Vaike-Kopu_(Puiatu)_vallavalitsus, lk 35
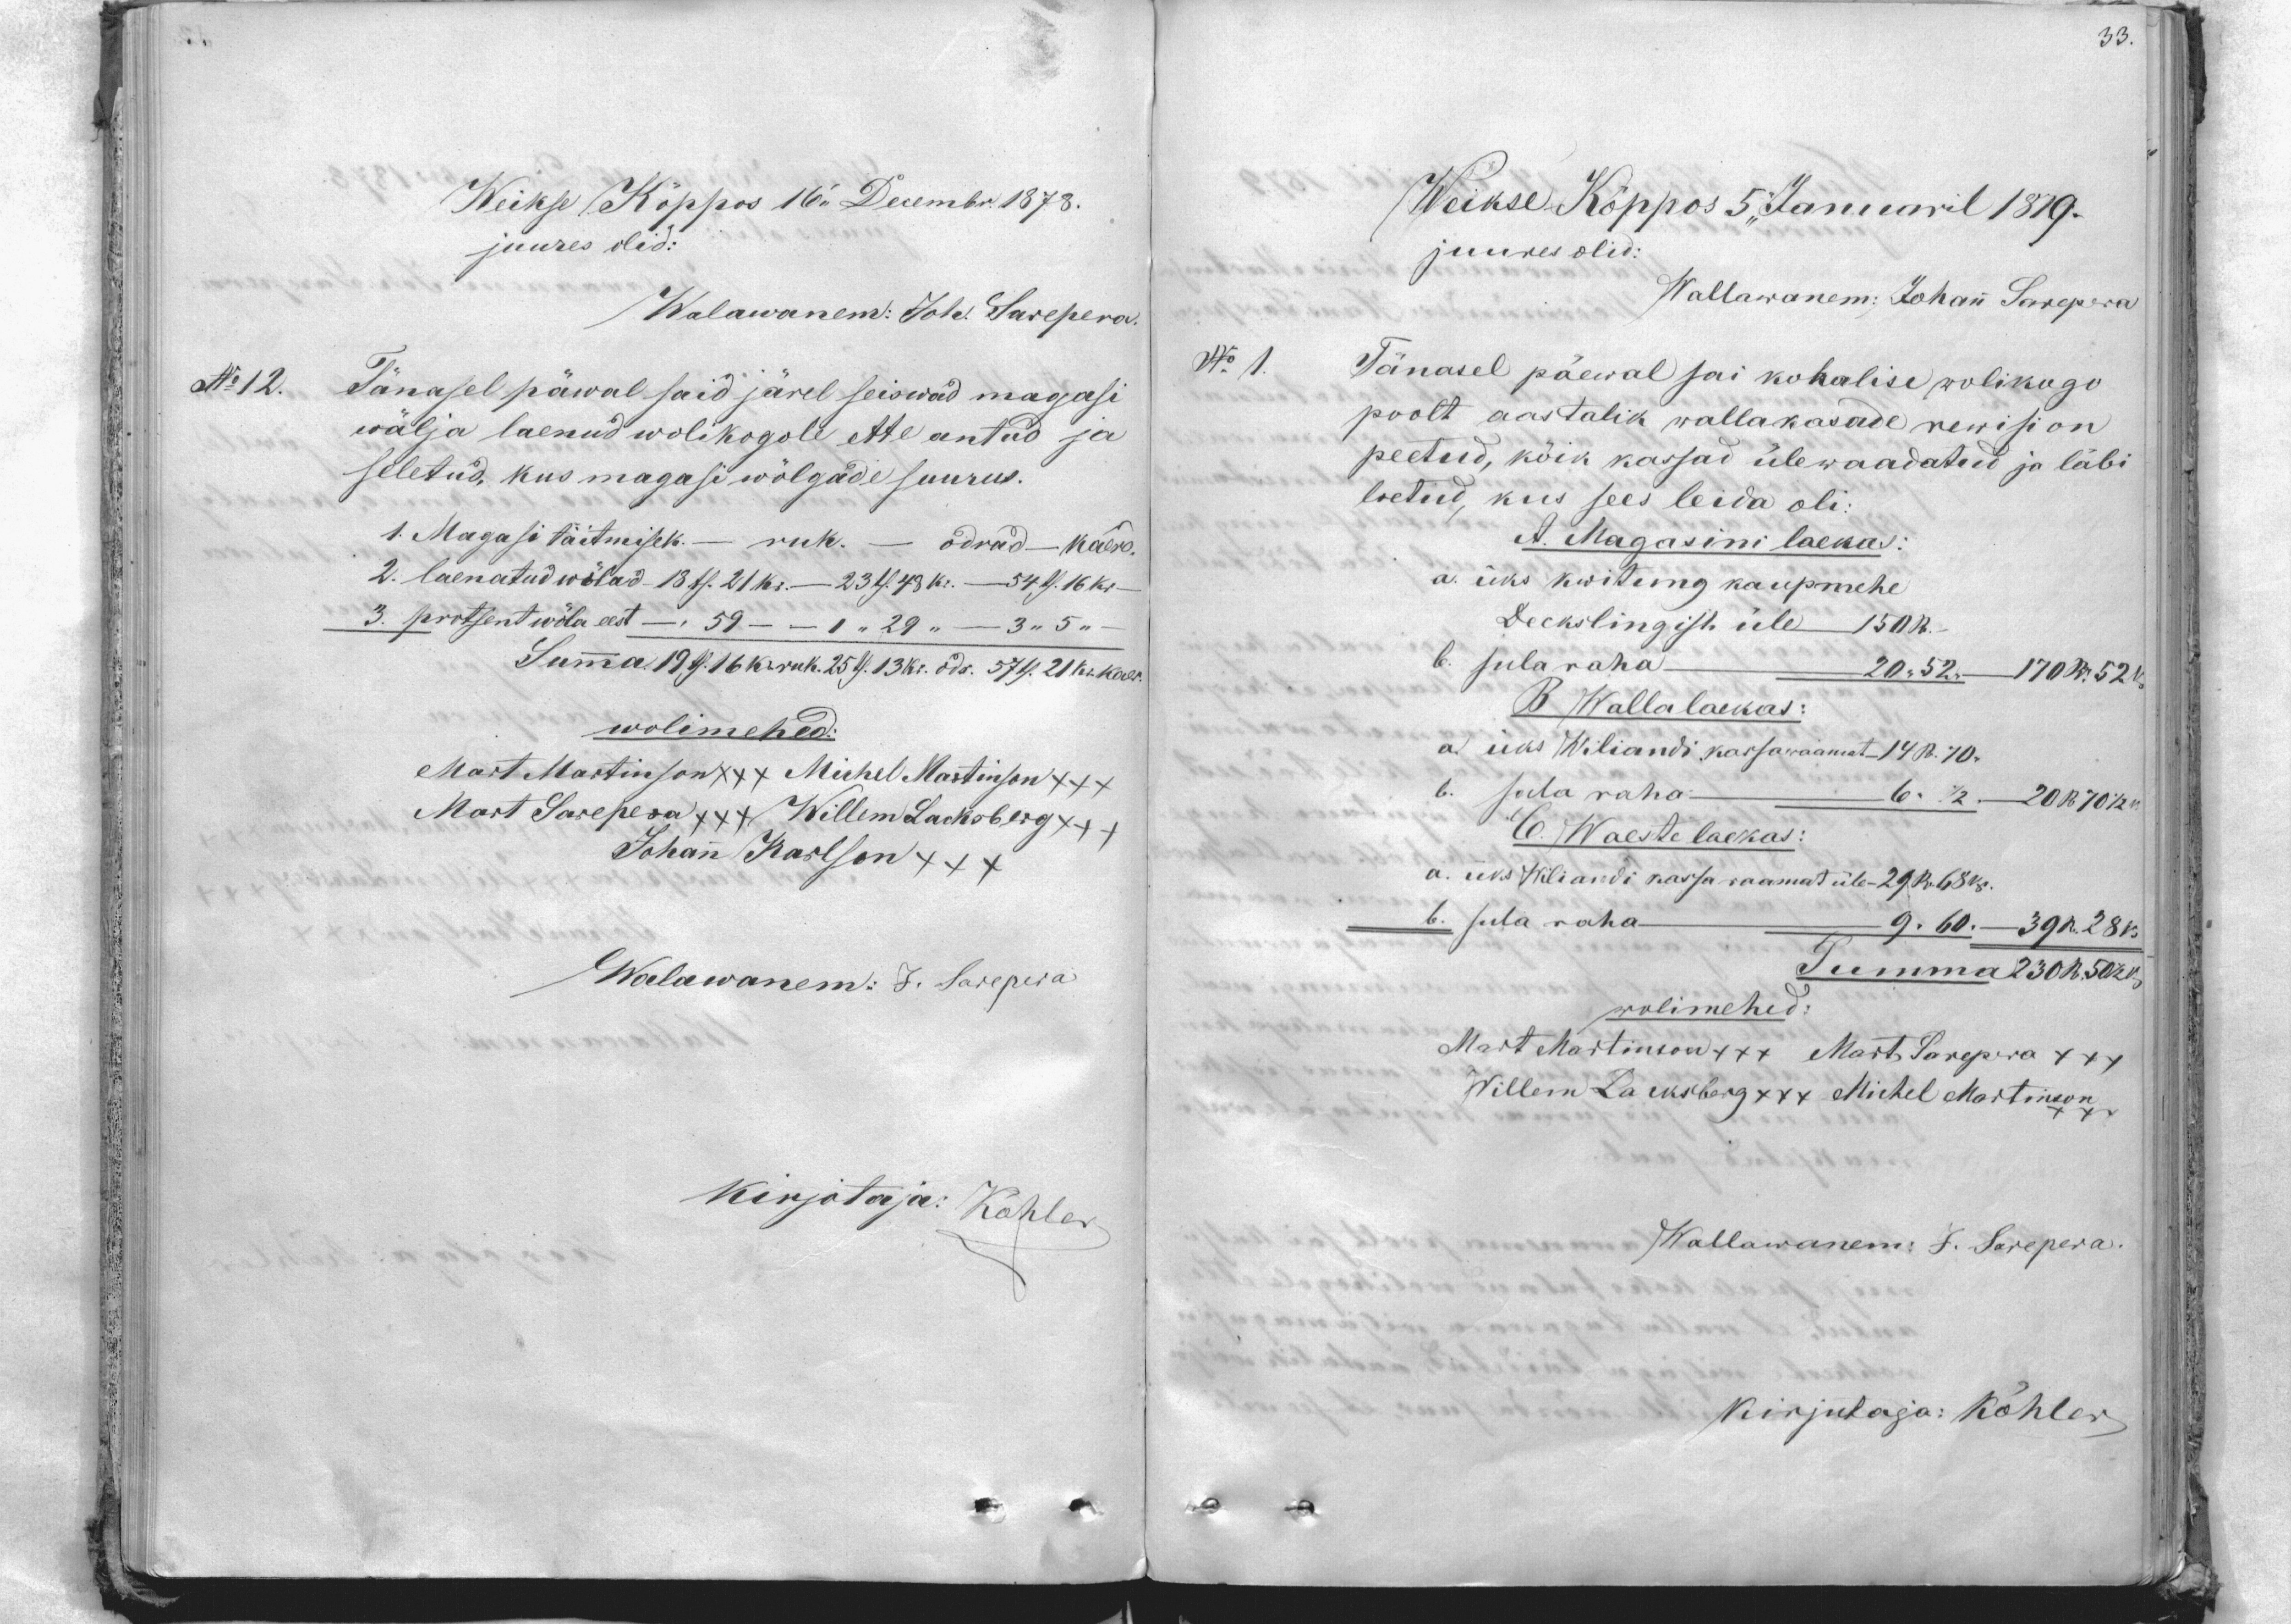
33.

Weikse Köppos 16 Decembr 1878.
juures olid:
Walawanem: Joh. Sarepera.
No 12.
Tänasel päwal said järel seiswad magasi
wälja laenud wolikogole ette antud ja
seletud, kus magasi wölgade suurus.
1. Magasi täitmiseks - ruk. - odrad - kaera-
2. laenatud wölad 18 ts. 21 kr. - 23 ts.. 48 kr. - 54 ts 16 kr-
3. protsent wöla eest -, 59   - 1 "29 " - 3 " 5 "
Summa 19 ts. 16 kr. ruk. 25 ts. 13 kr. odr. 57 ts. 21 kr. kaer
wolimehed:
Mart Martinson XXX Michel Martinson +++
Mart Sarepera +++ Willem Lacksberg xxx
Johan Karlson XXX
Walawanem: J. Sarepera
kirjotaja: Köhler

Weikse Köppos 5. Januaril 1879.
juures olid:
Wallawanem; Johann Savepera
No 1.
Tänasel päewal sai kohalise wolikogo
poolt aastalik wallakasade rewision
peetud, kõik kassad ülewaadatud ja läbi
loetud, kus sees leida oli.
A. Magasini laekas.
a. üks kwiteng kaupmehe
Deckslingist üle 150 R.
b. sula raha   20 " 52 "    170 R. 52 k
B. Walla laekas:
a. üks Wiljandi kassaraamat 14 R. 70.
b. sula raha - 6 " 1/2 "         20 R 70 1/2 k.
C. Waeste laekas:
a. üks Wiljandi kassa raamat üle- 29 R. 68 kop.
b. sula raha  9 " 60    39 R. 28 k.
Summa 230 R 50 1/2 kop
wolimehed
Mart Martinson +++ Mart Sarepera +++
Willem Lacksberg +++ Michel Martinson,
Wallawanem: J. Sarepera
kirjutaja: Köhler